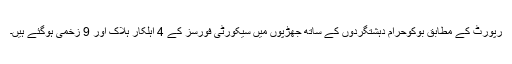
رپورٹ کے مطابق بوکوحرام دہشتگردوں کے ساتھ جھڑپوں میں سیکورٹی فورسز کے 4 اہلکار ہلاک اور 9 زخمی ہوگئے ہیں۔